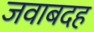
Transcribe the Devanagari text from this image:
जवाबदह